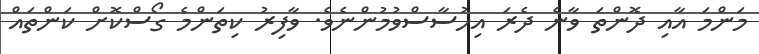
މަންމަ އާއި ދޮންތަ ވާނެ ދެރަ އިހުސާސްވުމުންނެވެ. ވާފިރު ކިތަންމެ ގޯސްކޮށް ކަންތައް